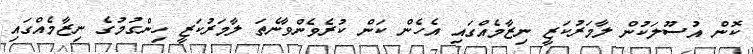
ކޮން އުސޫލަކުން ލާމަރުކަޒީ ނިޒާމެއްގައި އެހެން ކަން ކުރެވެންވާނެތަ ލާމަރުކަޒީ ހިންގުމުގެ ނިޒާމެއްގައި